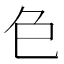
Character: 𮎛